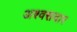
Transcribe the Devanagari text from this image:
अश्वसवार